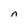
Character: n